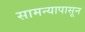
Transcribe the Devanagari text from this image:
सामन्यापासून